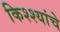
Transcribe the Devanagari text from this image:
किश्श्यांचे